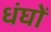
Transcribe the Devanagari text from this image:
धंघों